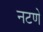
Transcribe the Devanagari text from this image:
नटणे